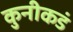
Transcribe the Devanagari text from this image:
कुनीकडं